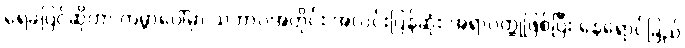
ရေခဲပြင်ဆိုတာ ကမ္ဘာပေါ်မှာ သဘာဝအတိုင်း အလင်းပြန်ဆုံး အရာဝတ္ထုဖြစ်ပြီး နေရောင်ခြည်